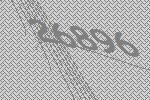
26896